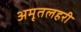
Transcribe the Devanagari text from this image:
अमृतलहरी